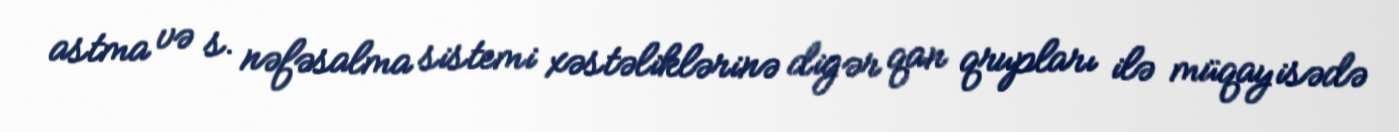
astma və s. nəfəsalma sistemi xəstəliklərinə digər qan qrupları ilə müqayisədə